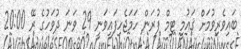
ބައިވެރިވުމަށް ޤައުމީ ޓިމް ފުރަން ހަމަޖެހިފައިވަނީ 29 ވަނަ ދުވަހުގެ ރޭ 20:00